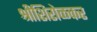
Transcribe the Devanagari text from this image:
श्रीशिरोळकर